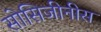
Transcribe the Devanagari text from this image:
सोसिजीनीस